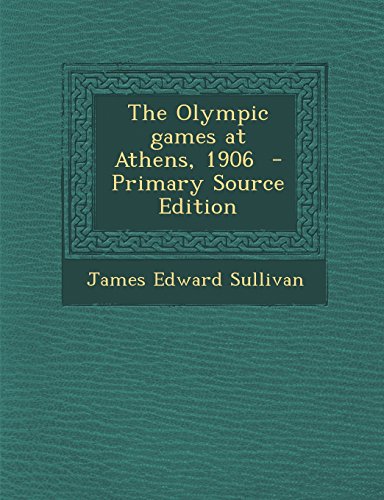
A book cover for The Olympic Games at Athens, 1906 - Primary Source Edition; James Edward Sullivan; Sports & Outdoors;